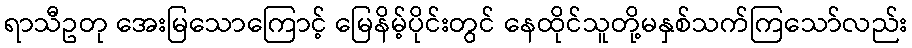
ရာသီဥတု အေးမြသောကြောင့် မြေနိမ့်ပိုင်းတွင် နေထိုင်သူတို့မနှစ်သက်ကြသော်လည်း